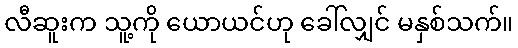
လီဆူးက သူ့ကို ယောယင်ဟု ခေါ်လျှင် မနှစ်သက်။